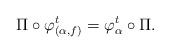
LaTeX: \begin{align*} \Pi \circ \varphi^t_{(\alpha,f)} = \varphi^t_{\alpha} \circ \Pi. \end{align*}